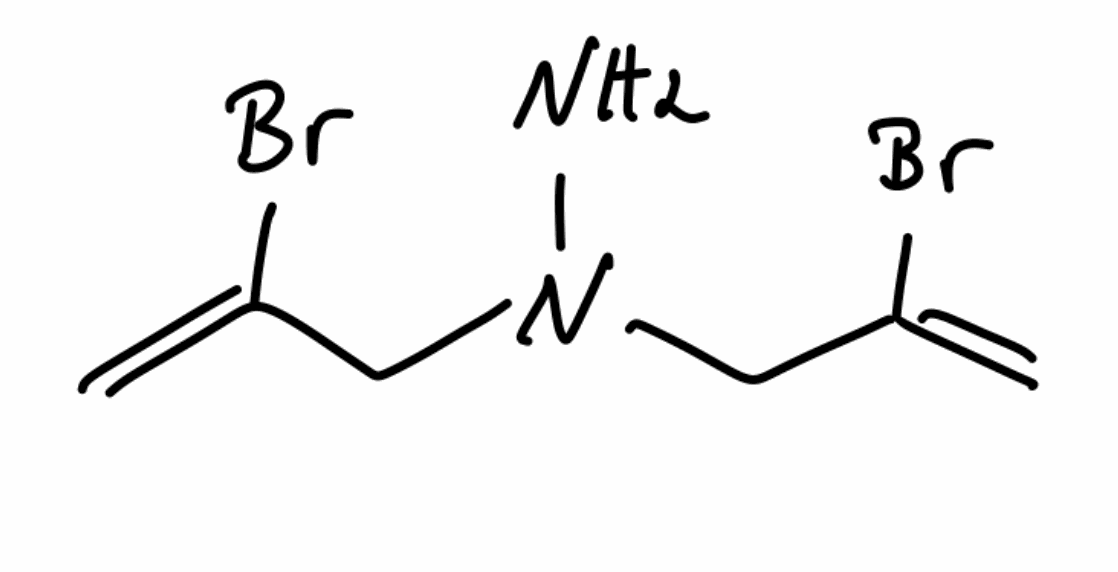
Simplified molecular-input line-entry system (SMILES) notation of the given molecule:
C=C(CN(CC(=C)Br)N)Br